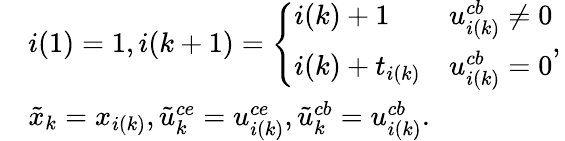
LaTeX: \begin{array}{rl}&{i(1)=1,i(k+1)=\left\{ \begin{array}{ll}{i(k)+1}&{{u}_{i(k)}^{cb}\neq 0}\\ {i(k)+t_{i(k)}}&{{u}_{i(k)}^{cb}=0}\end{array},\right.}\\ &{\tilde{x}_{k}=x_{i(k)},\tilde{u}_{k}^{ce}=u_{i(k)}^{ce},\tilde{u}_{k}^{cb}=u_{i(k)}^{cb}.}\end{array}